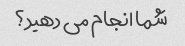
شما انجام می دهید؟